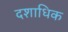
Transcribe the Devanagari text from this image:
दशाधिक